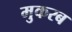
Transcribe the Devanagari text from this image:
मुकरब